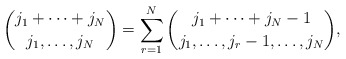
\begin{align*}\binom{j_1+\cdots+j_N}{j_1,\ldots,j_N}=\sum_{r=1}^{N}\binom{j_1+\cdots+j_N-1}{j_1,\ldots,j_r-1,\ldots,j_N},\end{align*}